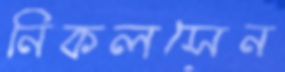
নিকলসেন